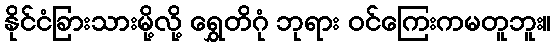
နိုင်ငံခြားသားမို့လို့ ရွှေတိဂုံ ဘုရား ဝင်ကြေးကမတူဘူး။